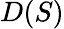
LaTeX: D(S)